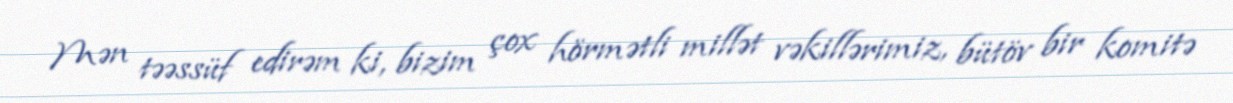
Mən təəssüf edirəm ki, bizim çox hörmətli millət vəkillərimiz, bütöv bir komitə